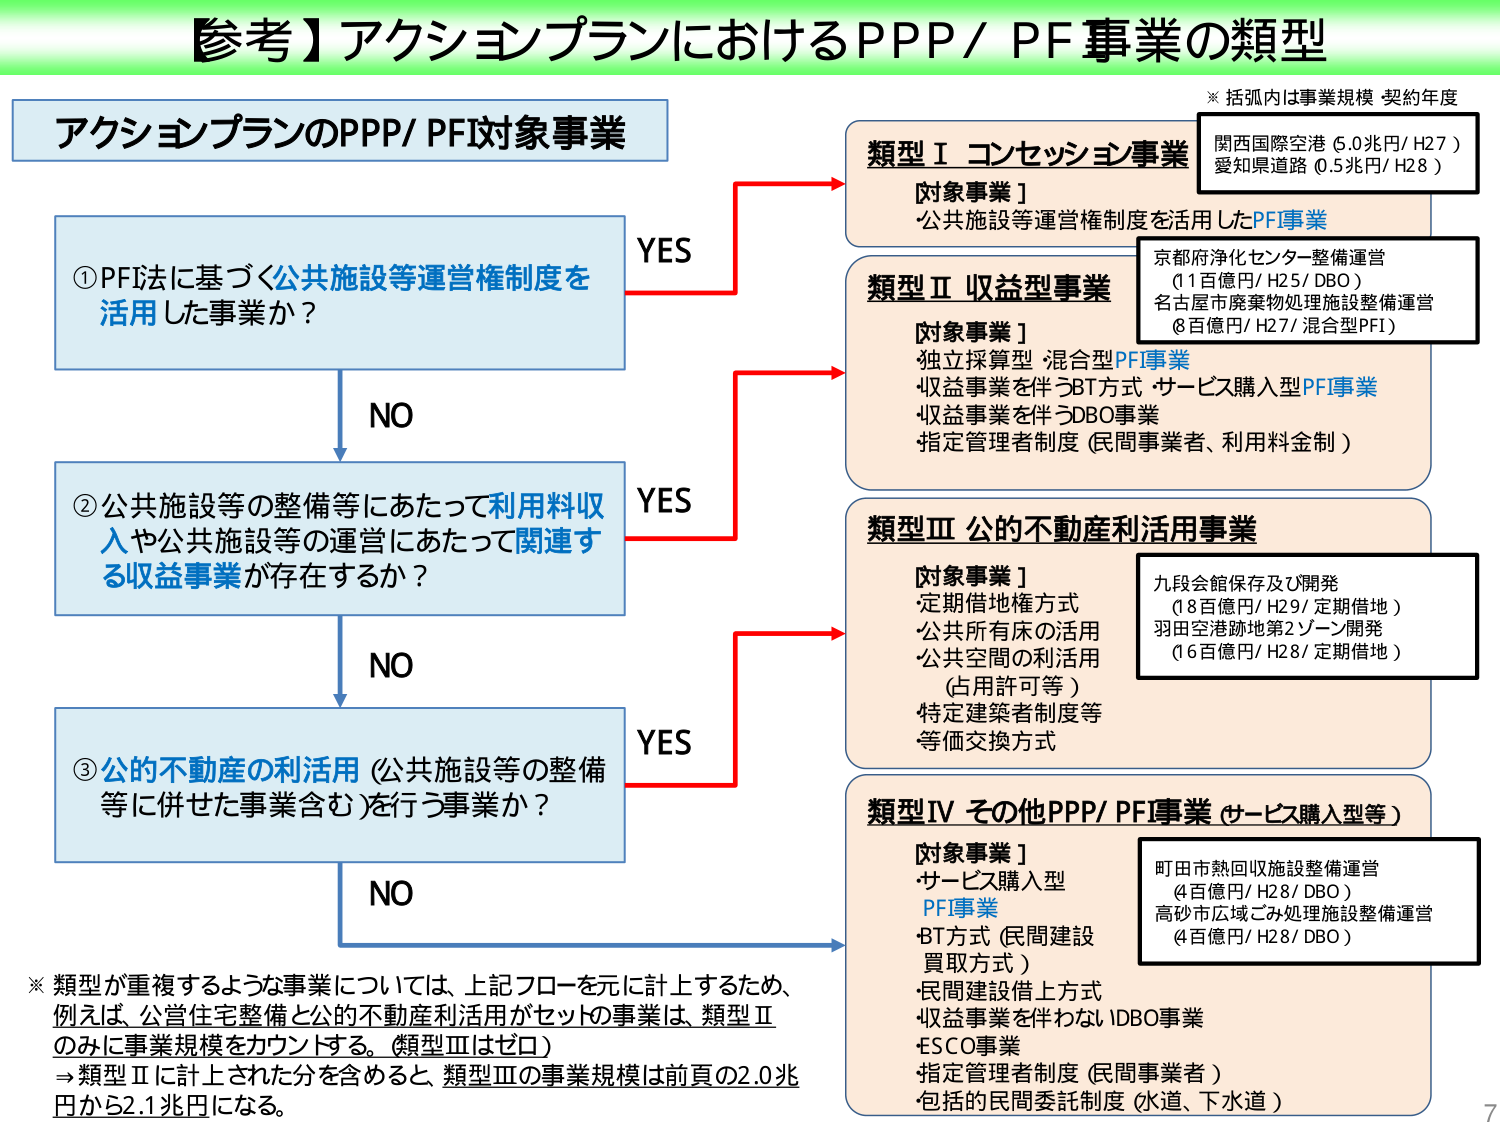
【参考】アクションプランにおけるPPP/ PF事業の類型

アクションプランのPPP/ PF対象事業

①PFI法に基づく公共施設等運営権制度を
活用した事業か？

YES

類型Ⅰ コンセッション事業
[対象事業]
公共施設等運営権制度を活用したPF事業

※括弧内は事業規模・契約年度
関西国際空港（6.0兆円/ H27）
愛知県道路（0.5兆円/ H28）

類型Ⅱ 収益型事業
[対象事業]
・独立採算型・混合型PFI事業
・収益事業を伴うBT方式・サービス購入型PFI事業
・収益事業を伴うDBO事業
・指定管理者制度（民間事業者、利用料金制）

京都府浄化センター整備運営
（11百億円/ H25/ DBO）
名古屋市廃棄物処理施設整備運営
（8百億円/ H27/ 混合型PFI）

②公共施設等の整備等にあたって利用料収
入や公共施設等の運営にあたって関連す
る収益事業が存在するか？

YES

類型Ⅲ 公的不動産利活用事業
[対象事業]
・定期借地権方式
・公共所有床の活用
・公共空間の利活用
（占用許可等）
・特定建築者制度等
・等価交換方式

九段会館保存及び開発
（18百億円/ H29/ 定期借地）
羽田空港跡地第2ゾーン開発
（16百億円/ H28/ 定期借地）

③公的不動産の利活用（公共施設等の整備
等に併せた事業含む）を行う事業か？

YES

類型Ⅳ その他PPP/ PFI事業（サービス購入型等）
[対象事業]
・サービス購入型
PFI事業
・BT方式（民間建設
買取方式）
・民間建設借上方式
・収益事業を伴わないDBO事業
・ESCO事業
・指定管理者制度（民間事業者）
・包括的民間委託制度（水道、下水道）

町田市熱回収施設整備運営
（4百億円/ H28/ DBO）
高砂市広域ごみ処理施設整備運営
（4百億円/ H28/ DBO）

※類型が重複するような事業については、上記フローを元に計上するため、
例えば、公営住宅整備と公的不動産利活用がセットの事業は、類型Ⅱ
のみに事業規模をカウントする。（類型Ⅲはゼロ）
→類型Ⅱに計上された分を含めると、類型Ⅲの事業規模は前頁の2.0兆
円から52.1兆円になる。

NO
NO
NO